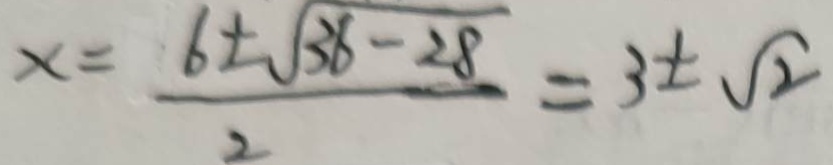
x = \frac { 6 \pm \sqrt { 3 6 } - 2 8 } { 2 } = 3 \pm \sqrt { 2 }